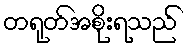
တရုတ်အစိုးရသည်